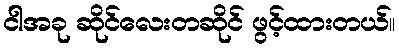
ငါအခု ဆိုင်လေးတဆိုင် ဖွင့်ထားတယ်။